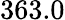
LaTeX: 363.0